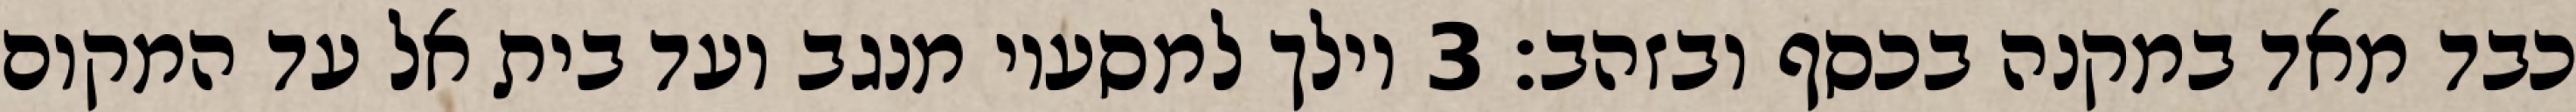
כבד מאד במקנה בכסף ובזהב׃ ‎3‏ וילך למסעיו מנגב ועד בית אל עד המקום